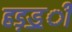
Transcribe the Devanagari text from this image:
हड़ॾी